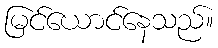
မြင်ယောင်နေသည်။